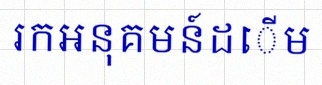
រកអនុគមន៍ដើម